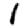
Digit: 1